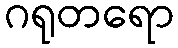
ဂရုတရော